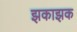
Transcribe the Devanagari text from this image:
झकाझक